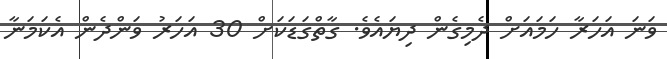
ވަނަ އަހަރާ ހަމައަށް ދެމިގެން ދިޔައެވެ. ގާތްގަޑަކަށް 30 އަހަރު ވަންދެން އެކަމަނާ